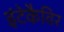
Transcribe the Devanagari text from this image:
इंटेकैविर